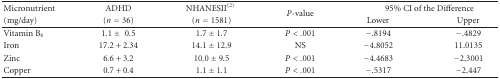
| Micronutrient | ADHD | NHANESII(2) | <ROWSPAN=2> P-value | <COLSPAN=2> 95% CI of the Difference |
 | (mg/day) | (n = 36) | (n = 1581) | Lower | Upper |
 | --- | --- | --- | --- | --- | --- |
 | Vitamin B6 | 1.1 ± 0.5 | 1.7 ± 1.7 | P < .001 | −.8194 | −.4829 |
 | Iron | 17.2 + 2.34 | 14.1 ± 12.9 | NS | −4.8052 | 11.0135 |
 | Zinc | 6.6 + 3.2 | 10.0 ± 9.5 | P < .001 | −4.4683 | −2.3001 |
 | Copper | 0.7 + 0.4 | 1.1 ± 1.1 | P < .001 | −.5317 | −2.447 |